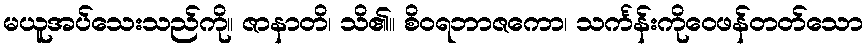
မယူအပ်သေးသည်ကို။ ဇာနာတိ၊ သိ၏။ စိဝရဘာဇကော၊ သင်္ကန်းကိုဝေဖန်တတ်သော